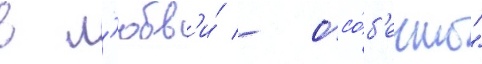
в л'юбв'и́ - осо́б'енно"